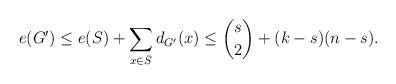
LaTeX: \begin{align*}e(G')\leq e(S)+\sum_{x\in \bar{S}} d_{G'}(x)\leq \binom{s}{2}+(k-s)(n-s).\end{align*}